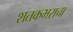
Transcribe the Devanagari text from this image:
शतकभराचा